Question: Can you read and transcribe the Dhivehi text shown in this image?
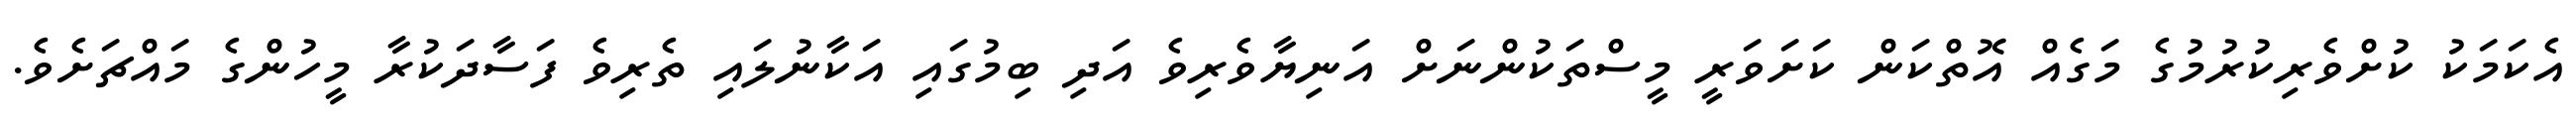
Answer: އެކަމަކު ކުށްވެރިކުރުމުގެ މަގެއް އޮތްކަން ކަށަވަރީ މީސްތަކުންނަށް އަނިޔާވެރިވެ އަދި ބިމުގައި އަކާނުލައި ތެރިވެ ފަސާދަކުރާ މީހުންގެ މައްޗަށެވެ.